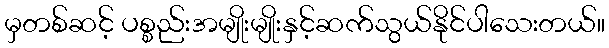
မှတစ်ဆင့် ပစ္စည်းအမျိုးမျိုးနှင့်ဆက်သွယ်နိုင်ပါသေးတယ်။